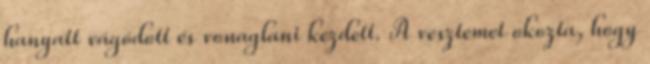
hanyatt vágódott és vonaglani kezdett. A vesztemet okozta, hogy